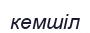
кемшіл